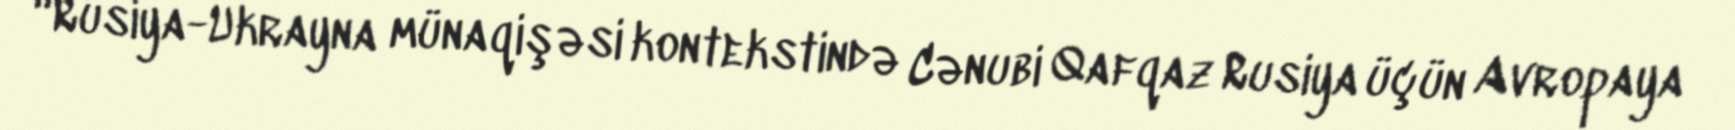
“Rusiya-Ukrayna münaqişəsi kontekstində Cənubi Qafqaz Rusiya üçün Avropaya